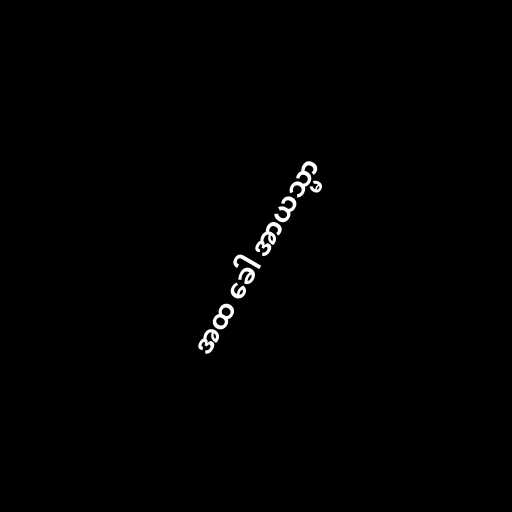
အထ ခေါ အာယသ္မာ